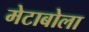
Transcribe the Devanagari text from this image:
मेटाबोला